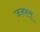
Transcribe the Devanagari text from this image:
जनरल्